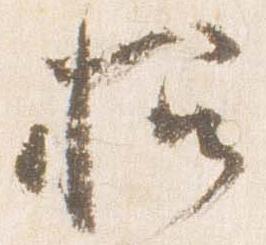
招